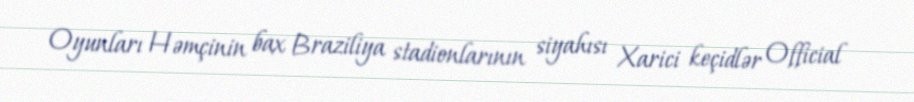
Oyunları Həmçinin bax Braziliya stadionlarının siyahısı Xarici keçidlər Official